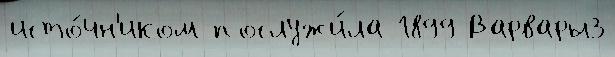
исто́чн'иком послужи́ла 1899 Варвары3